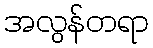
အလွန်တရာ